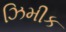
ઝિમીક